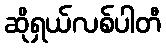
ဆိုရှယ်လစ်ပါတီ